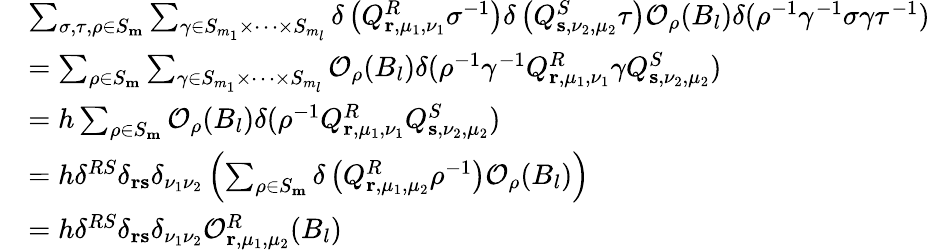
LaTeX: \begin{array}{rl}&{\sum_{\sigma,\tau,\rho\in S_{\mathbf{m}}}\sum_{\gamma\in S_{m_{1}}\times\dots\times S_{m_{l}}}\delta\left(Q_{\mathbf{r},\mu_{1},\nu_{1}}^{R}\sigma^{-1}\right)\delta\left(Q_{\mathbf{s},\nu_{2},\mu_{2}}^{S}\tau\right)\mathcal{O}_{\rho}(B_{l})\delta(\rho^{-1}\gamma^{-1}\sigma\gamma\tau^{-1})}\\ {}&{=\sum_{\rho\in S_{\mathbf{m}}}\sum_{\gamma\in S_{m_{1}}\times\dots\times S_{m_{l}}}\mathcal{O}_{\rho}(B_{l})\delta(\rho^{-1}\gamma^{-1}Q_{\mathbf{r},\mu_{1},\nu_{1}}^{R}\gamma Q_{\mathbf{s},\nu_{2},\mu_{2}}^{S})}\\ {}&{=h\sum_{\rho\in S_{\mathbf{m}}}\mathcal{O}_{\rho}(B_{l})\delta(\rho^{-1}Q_{\mathbf{r},\mu_{1},\nu_{1}}^{R}Q_{\mathbf{s},\nu_{2},\mu_{2}}^{S})}\\ &{=h\delta^{RS}\delta_{\mathbf{r}\mathbf{s}}\delta_{\nu_{1}\nu_{2}}\left(\sum_{\rho\in S_{\mathbf{m}}}\delta\left(Q_{\mathbf{r},\mu_{1},\mu_{2}}^{R}\rho^{-1}\right)\mathcal{O}_{\rho}(B_{l})\right)}\\ &{=h\delta^{RS}\delta_{\mathbf{r}\mathbf{s}}\delta_{\nu_{1}\nu_{2}}\mathcal{O}_{\mathbf{r},\mu_{1},\mu_{2}}^{R}(B_{l})}\end{array}